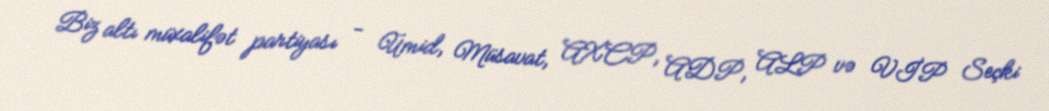
Biz altı müxalifət partiyası - Ümid, Müsavat, AXCP, ADP, ALP və VİP Seçki